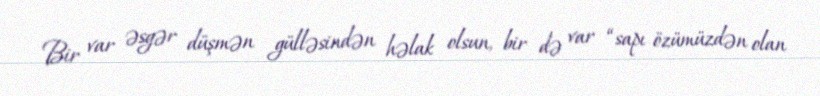
Bir var əsgər düşmən gülləsindən həlak olsun, bir də var “sapı özümüzdən olan